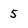
Character: 5